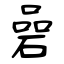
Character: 碞